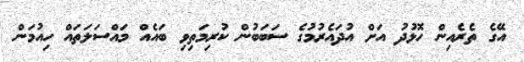
އޭގެ ތެރެއިން ހޮޅުދު އަށް އުދައެރުމުގެ ސަބަބުން ކުރިމަތިވި ބައެއް މައްސަލަތައް ހިއުމަން